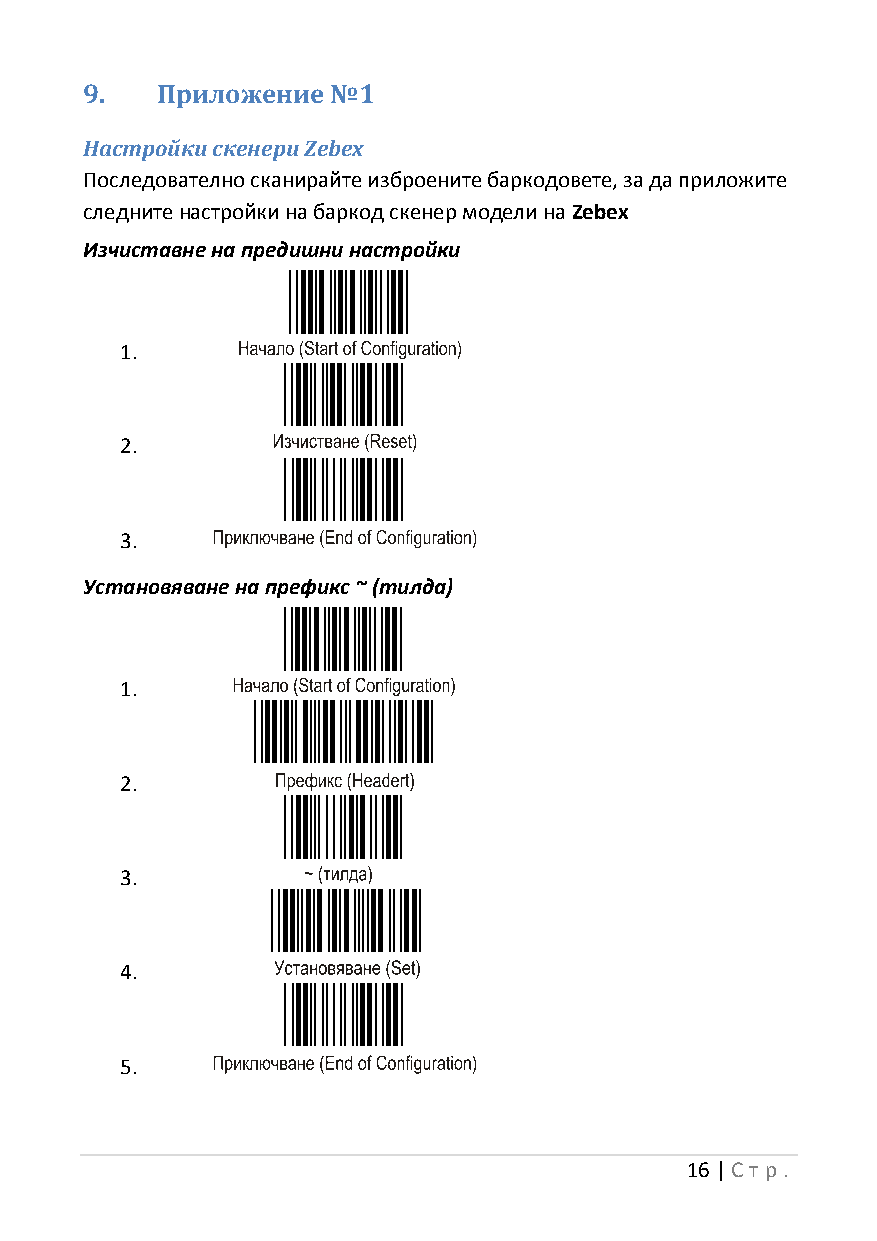
9.   Приложение  №1
 Настройки скенери Zebex
 Последователно сканирайте изброените баркодовете, за да приложите
 следните настройки на баркод скенер модели на Zebex
 Изчиставнe на предишни настройки
 1.
 2.
 3.
 Установяване на префикс ~ (тилда)
 1.
 2.
 3.
 4.
 5.
 16 | Ст р.